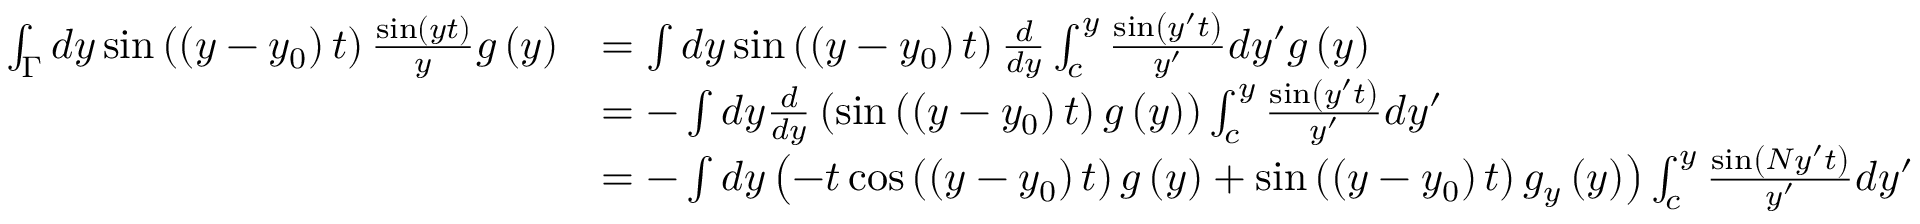
\begin{array} { r l } { \int _ { \Gamma } d y \sin \left( \left( y - y _ { 0 } \right) t \right) \frac { \sin \left( y t \right) } { y } g \left( y \right) } & { = \int d y \sin \left( \left( y - y _ { 0 } \right) t \right) \frac { d } { d y } \int _ { c } ^ { y } \frac { \sin \left( y ^ { \prime } t \right) } { y ^ { \prime } } d y ^ { \prime } g \left( y \right) } \\ & { = - \int d y \frac { d } { d y } \left( \sin \left( \left( y - y _ { 0 } \right) t \right) g \left( y \right) \right) \int _ { c } ^ { y } \frac { \sin \left( y ^ { \prime } t \right) } { y ^ { \prime } } d y ^ { \prime } } \\ & { = - \int d y \left( - t \cos \left( \left( y - y _ { 0 } \right) t \right) g \left( y \right) + \sin \left( \left( y - y _ { 0 } \right) t \right) g _ { y } \left( y \right) \right) \int _ { c } ^ { y } \frac { \sin \left( N y ^ { \prime } t \right) } { y ^ { \prime } } d y ^ { \prime } } \end{array}